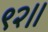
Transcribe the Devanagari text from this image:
९२।।